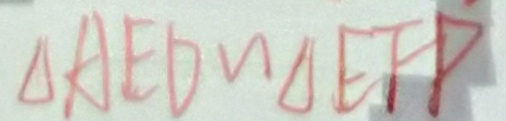
\Delta A E D \sim \Delta E F P